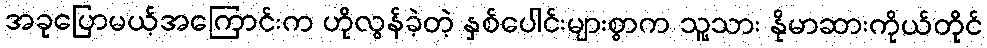
အခုပြောမယ့်အကြောင်းက ဟိုလွန်ခဲ့တဲ့ နှစ်ပေါင်းများစွာက သူ့သား နိုမာဆားကိုယ်တိုင်